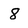
Character: 8